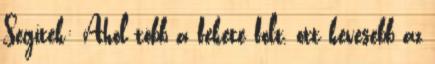
Segítek: Ahol több a fekete folt, ott kevesebb az